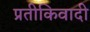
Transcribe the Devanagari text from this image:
प्रतीकिवादी